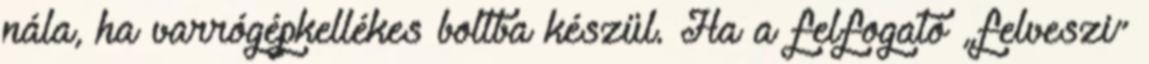
nála, ha varrógépkellékes boltba készül. Ha a felfogató „felveszi”